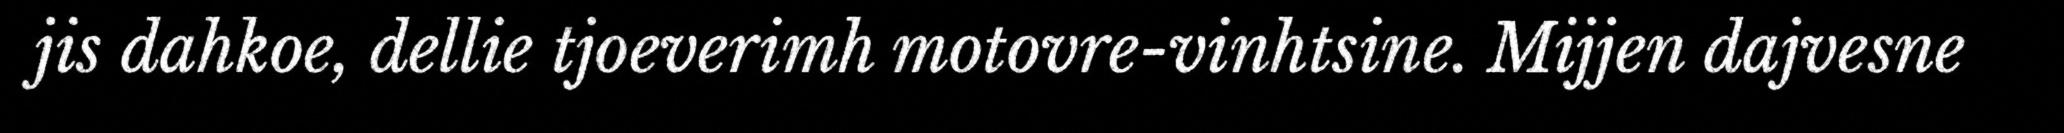
jis dahkoe, dellie tjoeverimh motovre-vinhtsine. Mijjen dajvesne